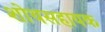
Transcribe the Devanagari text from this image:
शोथसहायक